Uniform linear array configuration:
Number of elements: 12
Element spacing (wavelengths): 1
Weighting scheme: hamming
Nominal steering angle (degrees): -15
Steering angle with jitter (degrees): -14.1
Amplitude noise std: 0.05
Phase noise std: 0.05

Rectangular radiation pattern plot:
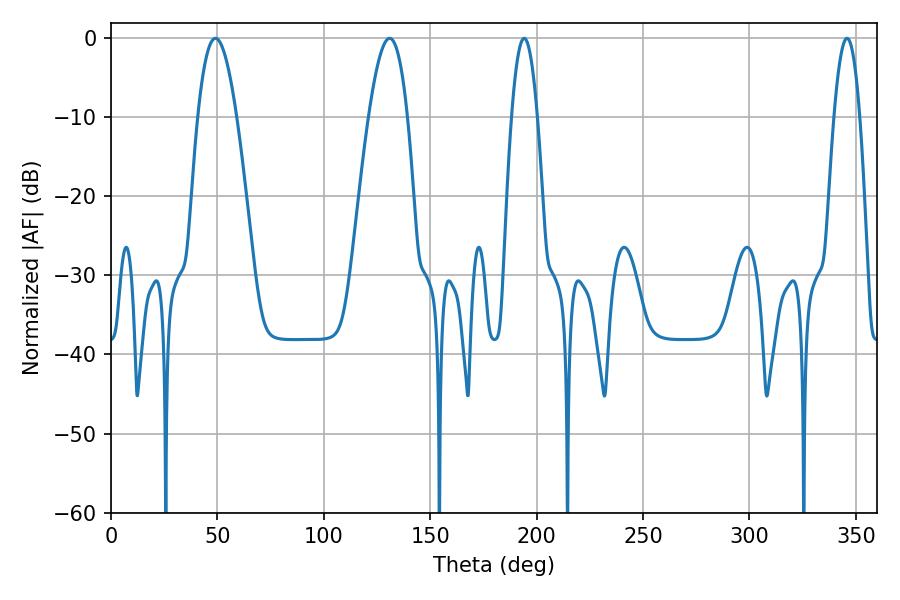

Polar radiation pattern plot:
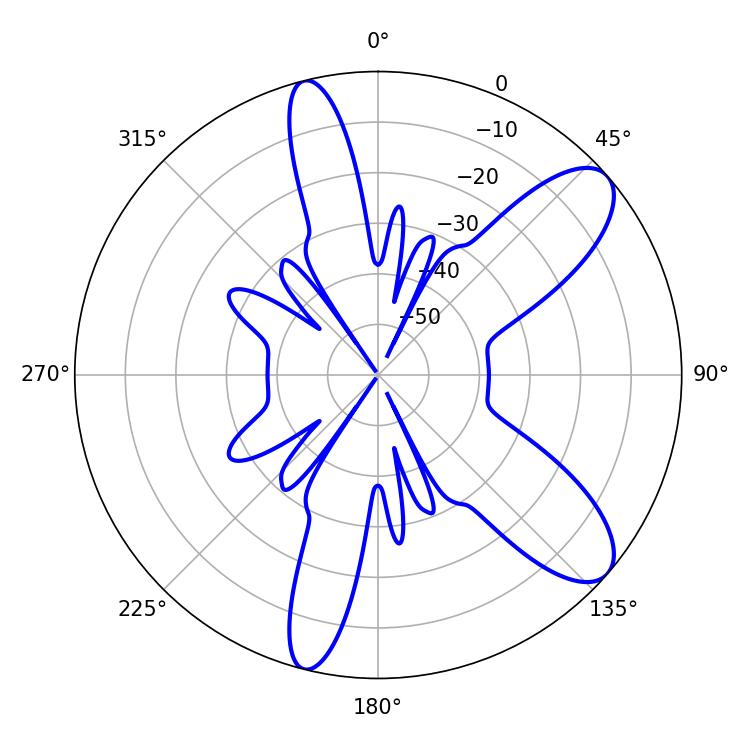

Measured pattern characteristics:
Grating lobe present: TRUE
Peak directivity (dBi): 9.519
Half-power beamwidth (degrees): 10.08
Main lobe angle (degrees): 49.14